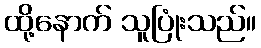
ထို့နောက် သူပြုံးသည်။